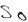
Text: S0